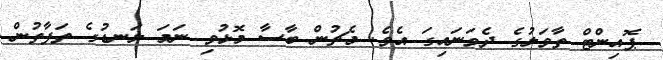
ޕޮއިންޓް ތާވަލުގެ ދެވަނައިގަ އެވެ. މެޗުން ބާސާ މޮޅުވި ނަމަ ލަނޑުގެ ތަފާތުން